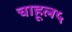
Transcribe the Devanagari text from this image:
चाहूल५